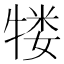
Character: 𬌥